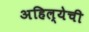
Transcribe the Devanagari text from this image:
अहिल्येची